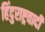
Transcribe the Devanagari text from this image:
हिंदुराष्ट्रवादी